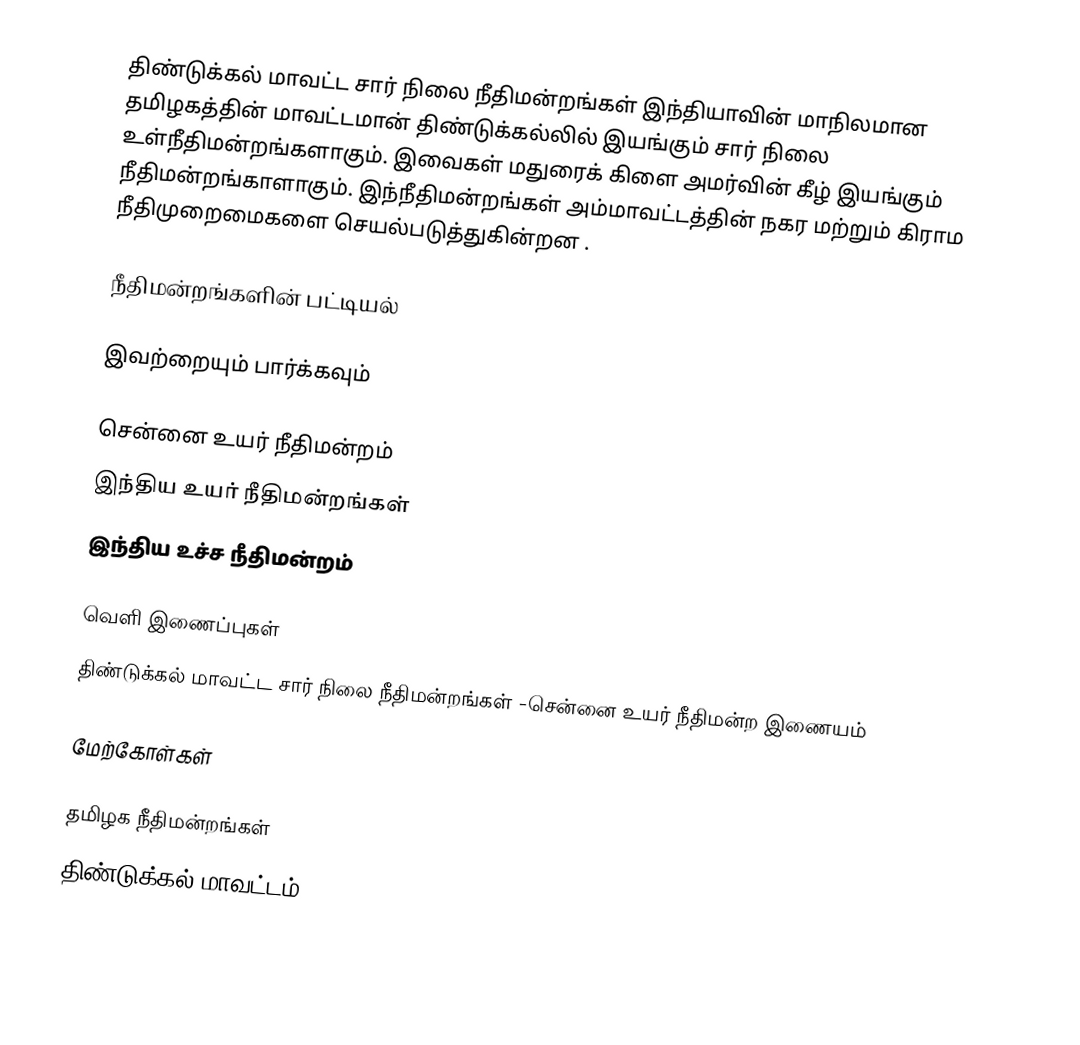
திண்டுக்கல் மாவட்ட சார் நிலை நீதிமன்றங்கள் இந்தியாவின் மாநிலமான தமிழகத்தின் மாவட்டமான் திண்டுக்கல்லில் இயங்கும் சார் நிலை உள்நீதிமன்றங்களாகும். இவைகள் மதுரைக் கிளை அமர்வின் கீழ் இயங்கும் நீதிமன்றங்காளாகும். இந்நீதிமன்றங்கள் அம்மாவட்டத்தின் நகர மற்றும் கிராம நீதிமுறைமைகளை செயல்படுத்துகின்றன .

நீதிமன்றங்களின் பட்டியல்

இவற்றையும் பார்க்கவும்

சென்னை உயர் நீதிமன்றம்
இந்திய உயர் நீதிமன்றங்கள்
இந்திய உச்ச நீதிமன்றம்

வெளி இணைப்புகள்
திண்டுக்கல் மாவட்ட சார் நிலை நீதிமன்றங்கள் -சென்னை உயர் நீதிமன்ற இணையம்

மேற்கோள்கள்

தமிழக நீதிமன்றங்கள்
திண்டுக்கல் மாவட்டம்